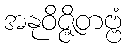
အနုဝိဇ္ဇိတဗ္ဗံ